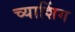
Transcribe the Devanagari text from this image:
च्याशिंग